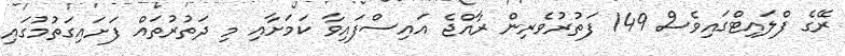
ރޭގެ ފްލައިޓްގައިވެސް 149 ފަތުރުވެރިން ރާއްޖެ އައިސްފައިވާ ކަމަށާއި މި ދަތުރުތައް ފަށައިގަތުމުގައި